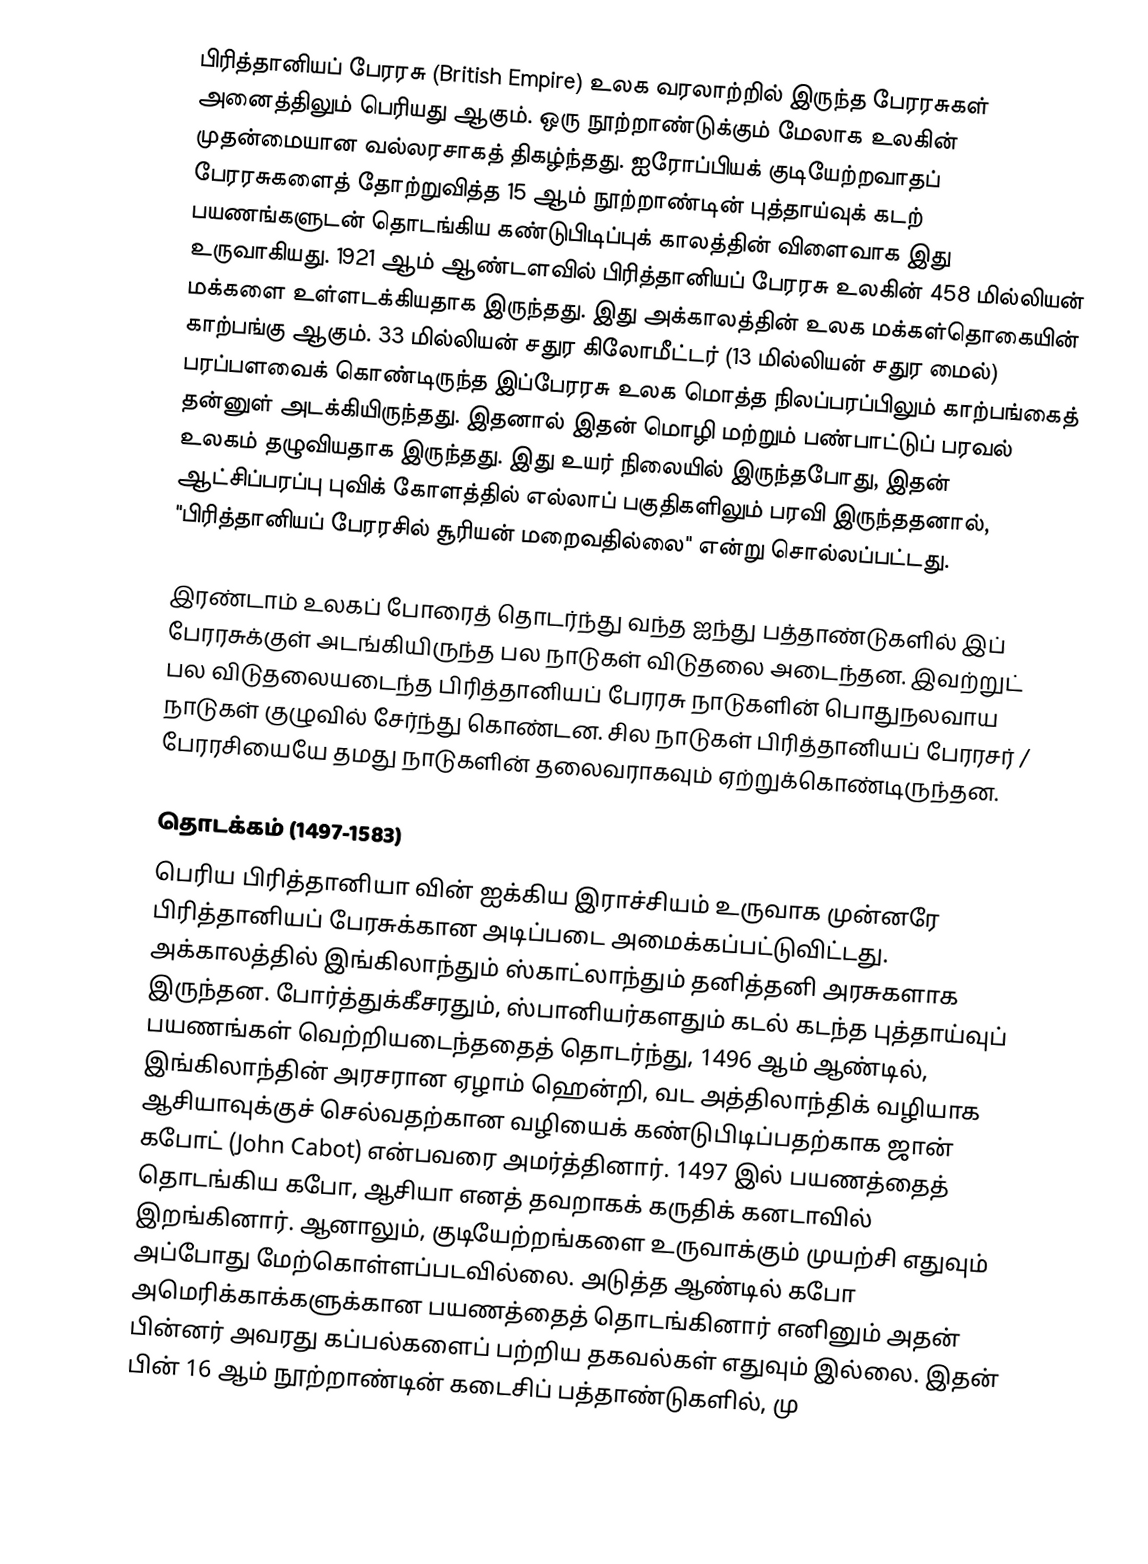
பிரித்தானியப் பேரரசு (British Empire) உலக வரலாற்றில் இருந்த பேரரசுகள் அனைத்திலும் பெரியது ஆகும். ஒரு நூற்றாண்டுக்கும் மேலாக உலகின் முதன்மையான வல்லரசாகத் திகழ்ந்தது. ஐரோப்பியக் குடியேற்றவாதப் பேரரசுகளைத் தோற்றுவித்த 15 ஆம் நூற்றாண்டின் புத்தாய்வுக் கடற் பயணங்களுடன் தொடங்கிய கண்டுபிடிப்புக் காலத்தின் விளைவாக இது உருவாகியது. 1921 ஆம் ஆண்டளவில் பிரித்தானியப் பேரரசு உலகின் 458 மில்லியன் மக்களை உள்ளடக்கியதாக இருந்தது. இது அக்காலத்தின் உலக மக்கள்தொகையின் காற்பங்கு ஆகும். 33 மில்லியன் சதுர கிலோமீட்டர் (13 மில்லியன் சதுர மைல்) பரப்பளவைக் கொண்டிருந்த இப்பேரரசு உலக மொத்த நிலப்பரப்பிலும் காற்பங்கைத் தன்னுள் அடக்கியிருந்தது. இதனால் இதன் மொழி மற்றும் பண்பாட்டுப் பரவல் உலகம் தழுவியதாக இருந்தது. இது உயர் நிலையில் இருந்தபோது, இதன் ஆட்சிப்பரப்பு புவிக் கோளத்தில் எல்லாப் பகுதிகளிலும் பரவி இருந்ததனால், "பிரித்தானியப் பேரரசில் சூரியன் மறைவதில்லை" என்று சொல்லப்பட்டது.

இரண்டாம் உலகப் போரைத் தொடர்ந்து வந்த ஐந்து பத்தாண்டுகளில் இப் பேரரசுக்குள் அடங்கியிருந்த பல நாடுகள் விடுதலை அடைந்தன. இவற்றுட் பல விடுதலையடைந்த பிரித்தானியப் பேரரசு நாடுகளின் பொதுநலவாய நாடுகள் குழுவில் சேர்ந்து கொண்டன. சில நாடுகள் பிரித்தானியப் பேரரசர் / பேரரசியையே தமது நாடுகளின் தலைவராகவும் ஏற்றுக்கொண்டிருந்தன.

தொடக்கம் (1497-1583)
பெரிய பிரித்தானியா வின் ஐக்கிய இராச்சியம் உருவாக முன்னரே பிரித்தானியப் பேரசுக்கான அடிப்படை அமைக்கப்பட்டுவிட்டது. அக்காலத்தில் இங்கிலாந்தும் ஸ்காட்லாந்தும் தனித்தனி அரசுகளாக இருந்தன. போர்த்துக்கீசரதும், ஸ்பானியர்களதும் கடல் கடந்த புத்தாய்வுப் பயணங்கள் வெற்றியடைந்ததைத் தொடர்ந்து, 1496 ஆம் ஆண்டில், இங்கிலாந்தின் அரசரான ஏழாம் ஹென்றி, வட அத்திலாந்திக் வழியாக ஆசியாவுக்குச் செல்வதற்கான வழியைக் கண்டுபிடிப்பதற்காக ஜான் கபோட் (John Cabot) என்பவரை அமர்த்தினார். 1497 இல் பயணத்தைத் தொடங்கிய கபோ, ஆசியா எனத் தவறாகக் கருதிக் கனடாவில் இறங்கினார். ஆனாலும், குடியேற்றங்களை உருவாக்கும் முயற்சி எதுவும் அப்போது மேற்கொள்ளப்படவில்லை. அடுத்த ஆண்டில் கபோ அமெரிக்காக்களுக்கான பயணத்தைத் தொடங்கினார் எனினும் அதன் பின்னர் அவரது கப்பல்களைப் பற்றிய தகவல்கள் எதுவும் இல்லை. இதன் பின் 16 ஆம் நூற்றாண்டின் கடைசிப் பத்தாண்டுகளில், மு